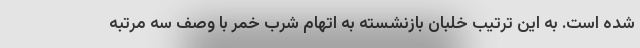
شده است. به این ترتیب خلبان بازنشسته به اتهام شرب خمر با وصف سه مرتبه